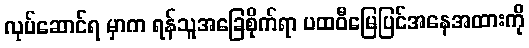
လုပ်ဆောင်ရ မှာက ရန်သူအခြေစိုက်ရာ ပထဝီမြေပြင်အနေအထားကို